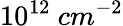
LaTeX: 10^{12}\ cm^{-2}